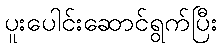
ပူးပေါင်းဆောင်ရွက်ပြီး